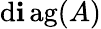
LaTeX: \operatorname{d\mathbf{i}ag}(A)